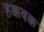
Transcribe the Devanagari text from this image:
हक्कबक्क